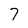
Character: 7